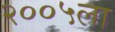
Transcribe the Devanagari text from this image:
२००५ला